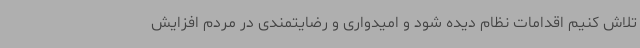
تلاش کنیم اقدامات نظام دیده شود و امیدواری و رضایتمندی در مردم افزایش